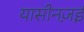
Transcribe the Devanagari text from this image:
यासीनज़ई